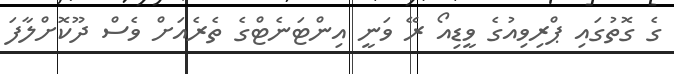
ގެ ގޮތުގައި ޕްރިވިއުގެ ވީޑިއޯ ރޭ ވަނީ އިންޓަނެޓްގެ ތެރެއަށް ވެސް ދޫކޮށްލާފަ